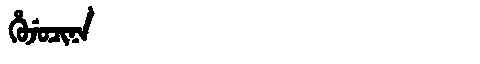
Manchu: ᡥᡠᠵᡠᠴᡳᠨᠠ
Romanization: HUJUCINA